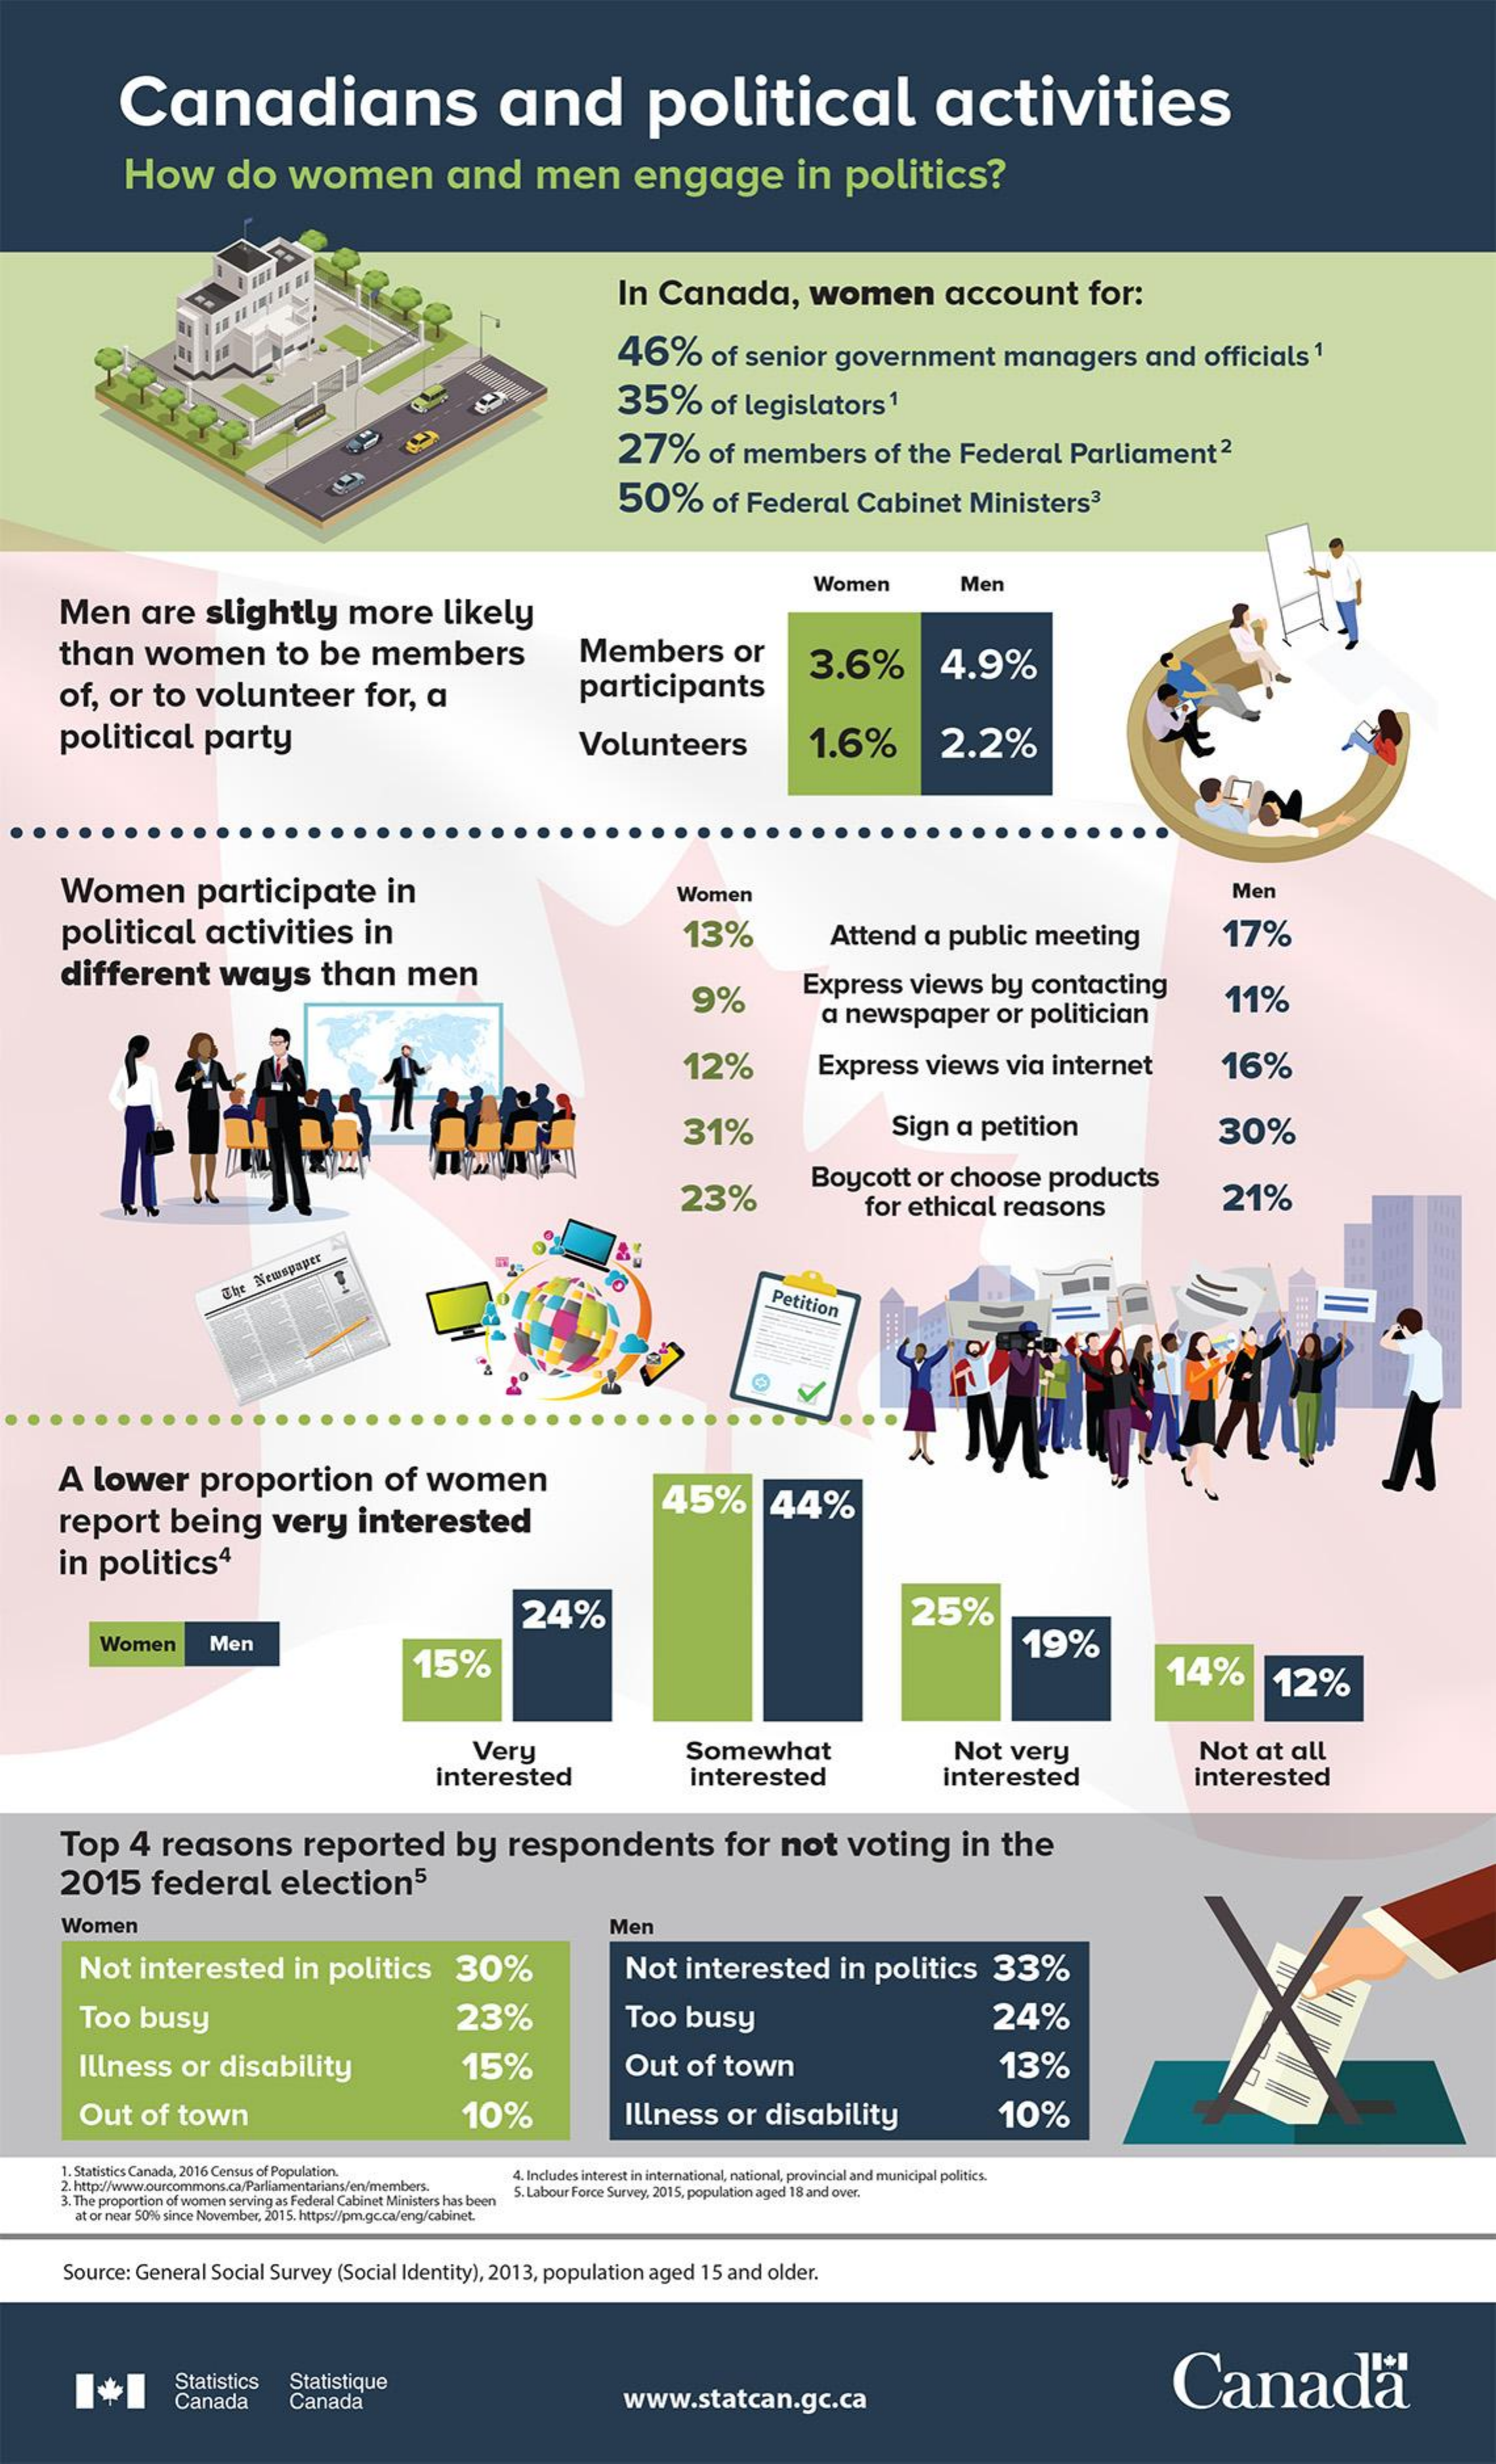
Canadians    and    political    activities
     How    do    women    and    men    engage    in    politics?
     In    Canada,    women    account    for:
     46%    of   senior    government    managers    and    officials    1
     35%    of   legislators    1
     27%    of   members    of   the    Federal    Parliament    2
     50%    of   Federal    Cabinet    Ministers3
     Men    are    slightly    more    likely
     Women    Men
     than    women    to    be    members    Members    or
     participants
     3.6%
     of,    or    to    volunteer    for,    a
     4.9%
     political    party    Volunteers    1.6%    2.2%
     Women    participate    in    Women    Mer
     political    activities    in    13%    Attend    a   public    meeting    17%
     different    ways    than    men
     9%    Express    views    by    contacting
     a newspaper    or   politician
     11%
     12%    Express    views    via   internet    16%
     31%    Sign    a   petition    30%
     23%
     Boycott    or   choose    products
     for    ethical    reasons    21%
     The
     Newspaper
     Petition
     A   lower    proportion    of    women
     report    being    very    interested
     45%    44%
     in    politics4
     24%    25%
     Women    Men
     15%
     19%
     14%    12%
     Very
     interested
     Somewhat
     interested
     Not    very    Not    at   all
     interested    interested
     Top    4    reasons    reported    by    respondents    for    not    voting    in    the
     2015    federal    election5
     Women    Men
     Not    interested    in   politics    30%    Not    interested    in   politics    33%
     Too    busy    23%    Too    busy    24%
     Illness    or    disability    15%    Out    of    town    13%
     Out    of    town    10%    Illness    or    disability    10%
     1. Statistics Canada, 2016 Census of Population.
     2. http://www.ourcommons.ca/Parliamentarians/en/members.
     4. Includes interest in international, national, provincial and municipal politics.
     3. The proportion of women serving as Federal Cabinet Ministers has been
     S. Labour Force Survey, 2015, population aged 18 and over.
     at or near 50% since November, 2015. https://pm.gc.ca/eng/cabinet.
     Source:    General    Social    Survey    (Social   Identity),   2013,   population    aged    15  and   older.
     Statistics    Canada®
     Canada
     Statistique
     Canada    www.statcan.gc.ca